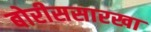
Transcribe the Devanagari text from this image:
बोरीससारखा